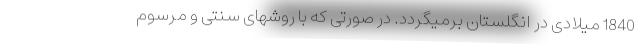
1840 میلادی در انگلستان برمیگردد. در صورتی که با روشهای سنتی و مرسوم